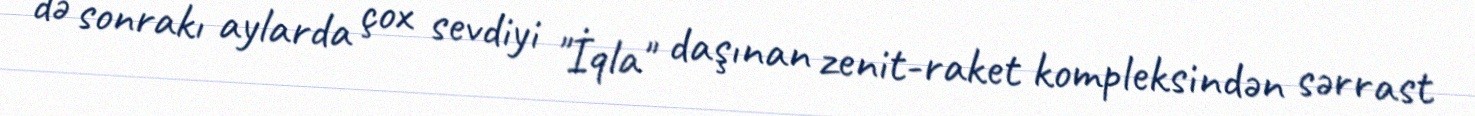
də sonrakı aylarda çox sevdiyi "İqla" daşınan zenit-raket kompleksindən sərrast